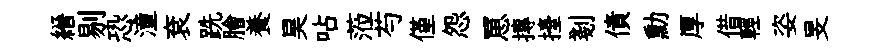
縉剔恐潼袞跣膾養昊呫蒞芍僅怨罳摶擡剗債勳厚借輕姿旻